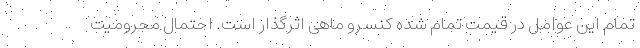
تمام این عوامل در قیمت تمام شده کنسرو ماهی اثرگذار است. احتمال محرومیت